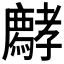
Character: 𡦱